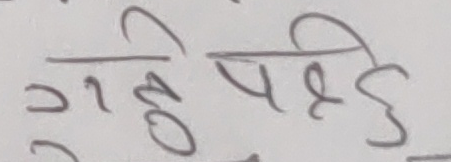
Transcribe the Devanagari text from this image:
गही पहुँडी